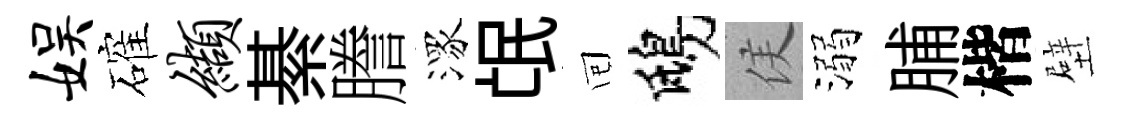
娱確缬綦謄潈氓囘鴟侯溺脯楷壁